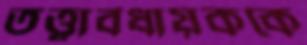
তত্ত্বাবধায়ককে